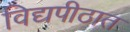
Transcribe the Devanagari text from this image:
विद्यपीठात